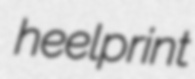
heelprint